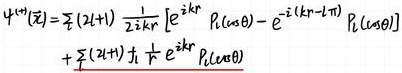
$\psi^{(+)}(z)=\sum_{l}(2 l+1) \frac{1}{2 i k r}\left[e^{i k r} P_{l}(\cos \theta)-e^{-i(k r-l \pi)} P_{l}(\cos \theta)\right]+\sum_{l}(2 l+1) \frac{1}{r} e^{i k r} P_{l}(\cos \theta)$